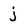
Character: j